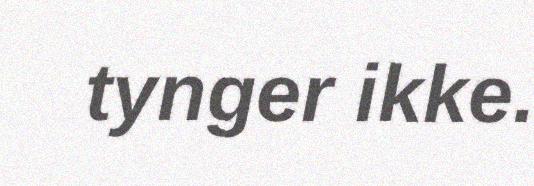
tynger ikke.